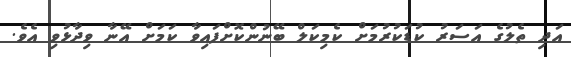
އަދި ތެލުގެ އަސަރު ކުޑަކުރުމަށް ކެމިކަލް ބޭނުންކޮށްފައިވާ ކަމަށް އޭނާ ވިދާޅުވި އެވެ.